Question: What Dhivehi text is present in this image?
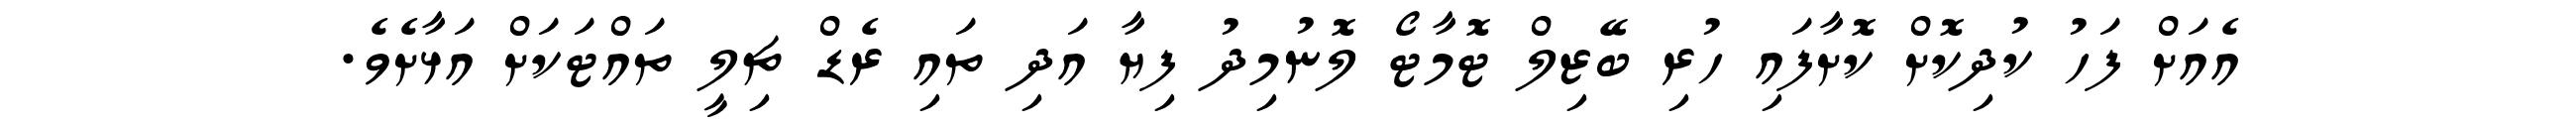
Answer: އެއަށް ފަހު ކުދިކޮށް ކޮށާފައި ހުރި ބޭޒިލް ޓޮމާޓޯ ލޮނުމިދު ފިޔާ އަދި ތައި ރެޑް ޗިލީ ތައްޓަކަށް އަޅާށެވެ.